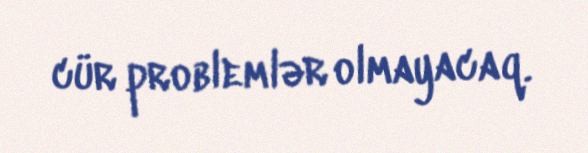
cür problemlər olmayacaq.